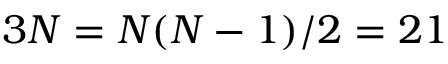
3 N = N ( N - 1 ) / 2 = 2 1